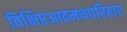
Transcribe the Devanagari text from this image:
विक्षिप्तआवमथपरिहार